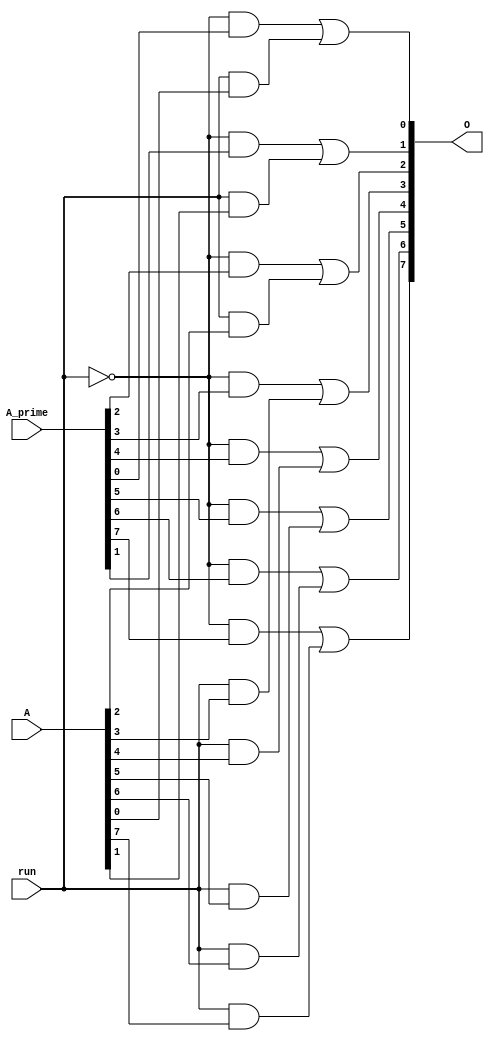
module A_module (
    input[7:0] A, A_prime, input run,
    output[7:0] O
);
    genvar i;
    for (i = 0; i < 8; i = i + 1) begin
        assign O[i] = (~run & A_prime[i]) | (run & A[i]);
    end
endmodule